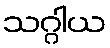
သဂ္ဂါယ